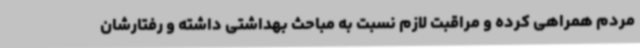
مردم همراهی کرده و مراقبت لازم نسبت به مباحث بهداشتی داشته و رفتارشان